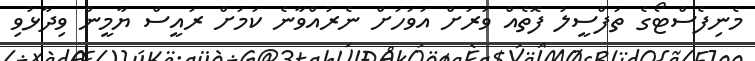
މެނިފެސްޓޯގެ ތަފްސީލު ފޮތެއް ވަރަށް އަވަހަށް ނެރުއްވާނެ ކަމަށް ރައީސް ޔާމީން ވިދާޅުވި